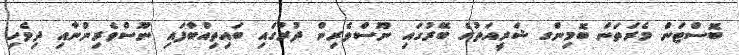
ބޮސްޓަން މެރަތަން ބޮމިންގ ޝަރީއަތުގެ ބޭރުގައި ނޫސްވެރިން ދުރުގައި ބައިތިއްބާފައި ނޫސްވެރިންނާއި ދިވެހި